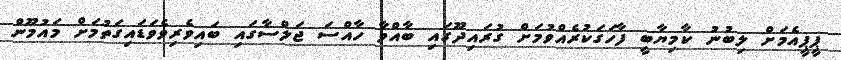
ޕީޕީއެމަށް ލިބުނު ކާމިޔާބީ ފާހަގަކުރެއްވުމަށް ގުރައިދޫގައި ބާއްވާ ހާއްސަ ޖަލްސާގައި ބައިވެރިވެވަޑައިގަތުމަށް މައުމޫން